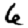
Digit: 6